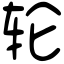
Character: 轮